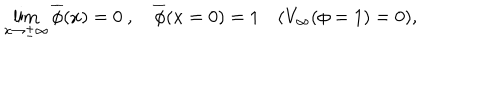
\lim _ { x \to \pm \infty } \overline { { { \phi } } } ( x ) = 0 \ , \quad \overline { { { \phi } } } ( x = 0 ) = 1 \quad ( V _ { \infty } ( \phi = 1 ) = 0 ) ,